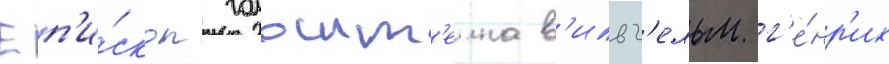
Еп'и́скоп гольшт'еина в'ильг'ельм г'е́нр'их